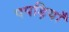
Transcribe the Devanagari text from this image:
पपड़ियाँ